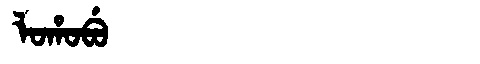
Manchu: ᠯᠣᡥᠣᠪᡠ
Romanization: LOHOBU